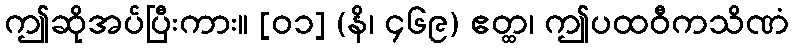
ဤဆိုအပ်ပြီးကား။ [၀၁] (နိ၊ ၄၆၉) ဧတ္ထ၊ ဤပထဝီကသိဏံ